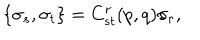
\{ \sigma _ { s } , \sigma _ { t } \} = C _ { s t } ^ { r } ( p , q ) \sigma _ { r } ,